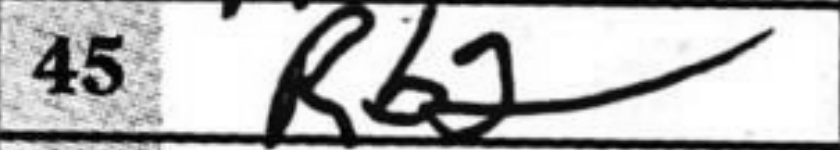
Transcription: Rb2